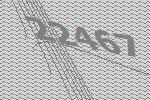
22467